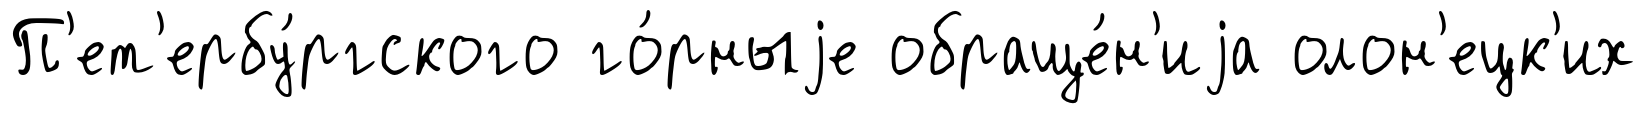
П'ет'ербу́ргского го́рныjе обраще́н'иjа олон'ецк'их